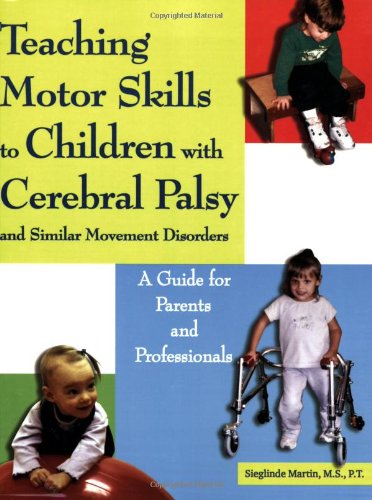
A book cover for Teaching Motor Skills to Children With Cerebral Palsy And Similar Movement Disorders: A Guide for Parents And Professionals; Sieglinde Martin; Health, Fitness & Dieting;